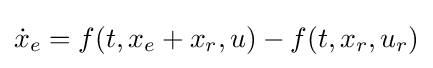
{\dot {x}}_{e}=f(t,x_{e}+x_{r},u)-f(t,x_{r},u_{r})